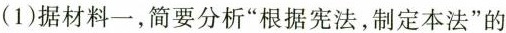
（1）据材料一，简要分析“根据宪法，制定本法”的